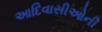
આદિવાસીઓની